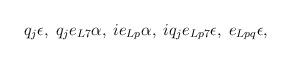
LaTeX: \begin{align*}q_{j}\epsilon, \; q_{j}e_{L7}\alpha, \; ie_{Lp}\alpha, \;iq_{j}e_{Lp7}\epsilon, \; e_{Lpq}\epsilon,\end{align*}